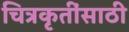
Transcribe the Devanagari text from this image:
चित्रकृतींसाठी